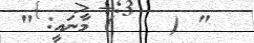
" (    ) މާނައީ: "